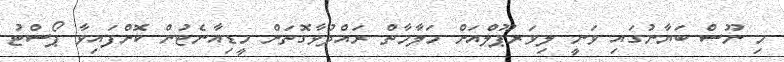
މި ނޫސް ބަޔާނުގައި ވަނީ ލިވަރޕޫލްއަށް މަލާމާތް ރައްދުވާގޮތަށް މީޑިއާނެޓުން ކޮށްފައިވާ ޕޯސްޓު